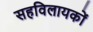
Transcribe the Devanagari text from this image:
सहविलायकों